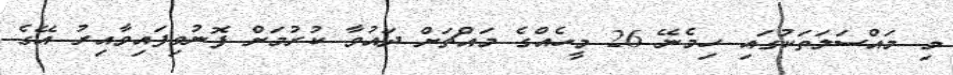
މި މައްސަލަތަކުގައި ހިމެނޭ 26 މީހެއްގެ މައްޗަށް ދައުވާ ކުރުމަށް ފޮނުވިފައިވާއިރު އޭގެ